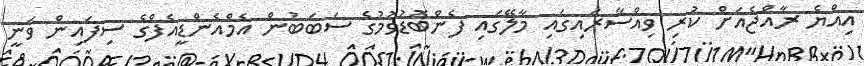
އިއްޔެ ރާއްޖެއަށް ކުރި ވިއްސާރައިގައި މާލޭގައި ފެންބޮޑުވުމުގެ ސަބަބުން އެމްއެންޑީއެފްގެ ސިފައިން ވަނީ